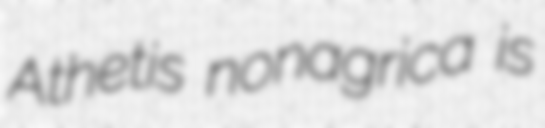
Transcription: Athetis nonagrica is